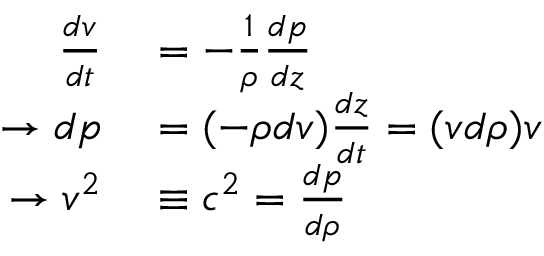
\begin{array} { r l } { { \frac { d v } { d t } } } & { { } = - { \frac { 1 } { \rho } } { \frac { d p } { d z } } } \\ { \rightarrow d p } & { { } = ( - \rho d v ) { \frac { d z } { d t } } = ( v d \rho ) v } \\ { \rightarrow v ^ { 2 } } & { { } \equiv c ^ { 2 } = { \frac { d p } { d \rho } } } \end{array}